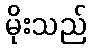
မိုးသည်